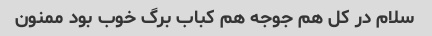
سلام در کل هم جوجه هم کباب برگ خوب بود ممنون